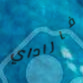
فاراداي